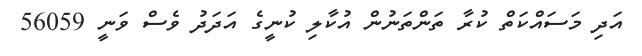
އަދި މަސައްކަތް ކުރާ ތަންތަނުން އުކާލި ކުނީގެ އަދަދު ވެސް ވަނީ 56059